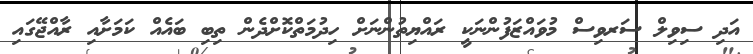
އަދި ސިވިލް ސަރވިސް މުވައްޒަފުންނަކީ ރައްޔިތުންނަށް ހިދުމަތްކޮށްދެން ތިބި ބައެއް ކަމަށާއި ރާއްޖޭގައި